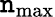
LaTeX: \mathtt{n}_{\mathrm{{max}}}